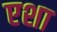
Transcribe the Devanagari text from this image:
एशा